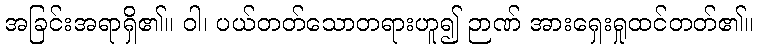
အခြင်းအရာရှိ၏။ ဝါ၊ ပယ်တတ်သောတရားဟူ၍ ဉာဏ် အားရှေးရှုထင်တတ်၏။